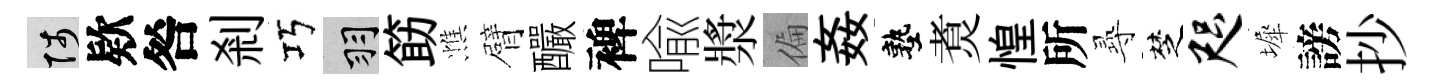
陟欵咎剎巧羽筯憔臂釅裨喩漿偏姦塾煑惶所𡬶椘咫墀謗抄